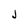
Character: j